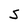
Character: S